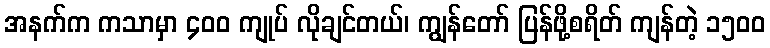
အနက်က ကသာမှာ ၄၀၀ ကျုပ် လိုချင်တယ်၊ ကျွန်တော် ပြန်ဖို့စရိတ် ကျန်တဲ့ ၁၅၀၀